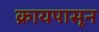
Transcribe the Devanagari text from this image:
क्रायपासून